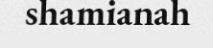
shamianah